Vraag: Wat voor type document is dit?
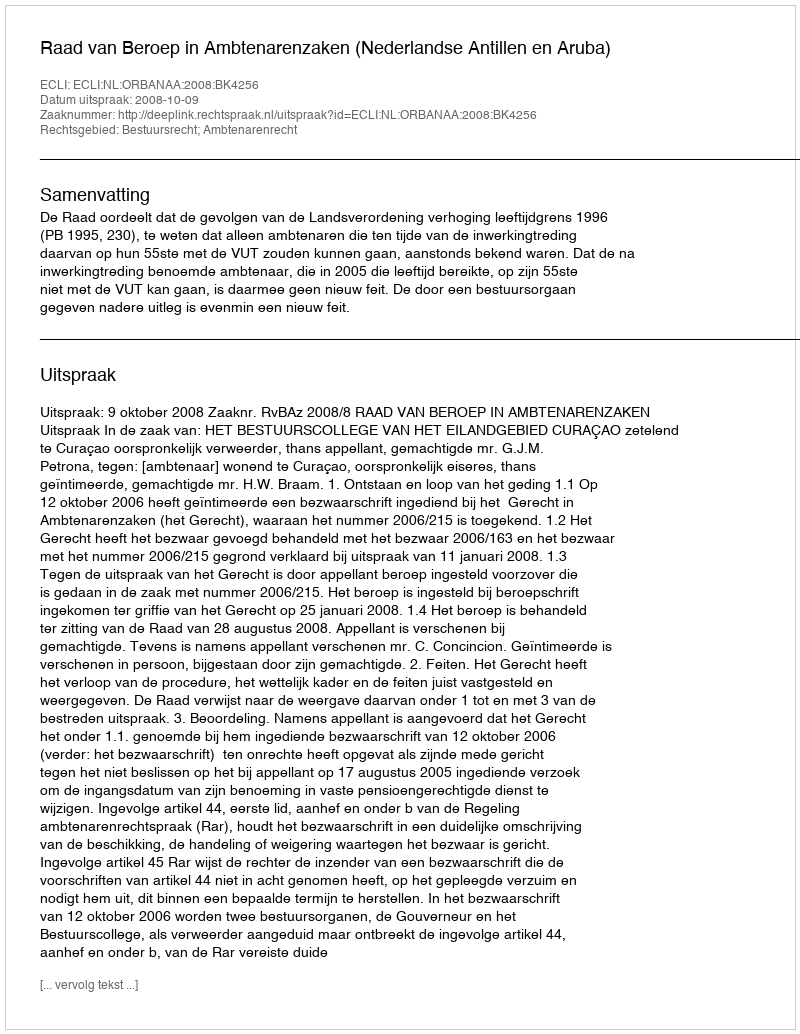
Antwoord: Uitspraak